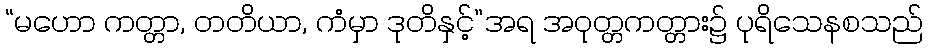
“မဟော ကတ္တာ, တတိယာ, ကံမှာ ဒုတိနှင့်”အရ အဝုတ္တကတ္တား၌ ပုရိသေနစသည်